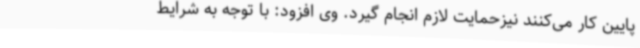
پایین کار می‌کنند نیزحمایت لازم انجام گیرد. وی افزود: با توجه به شرایط